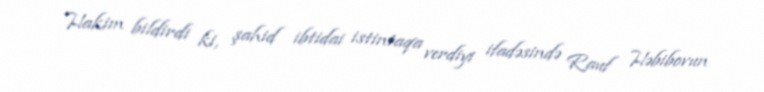
Hakim bildirdi ki, şahid ibtidai istintaqa verdiyi ifadəsində Rauf Həbibovun